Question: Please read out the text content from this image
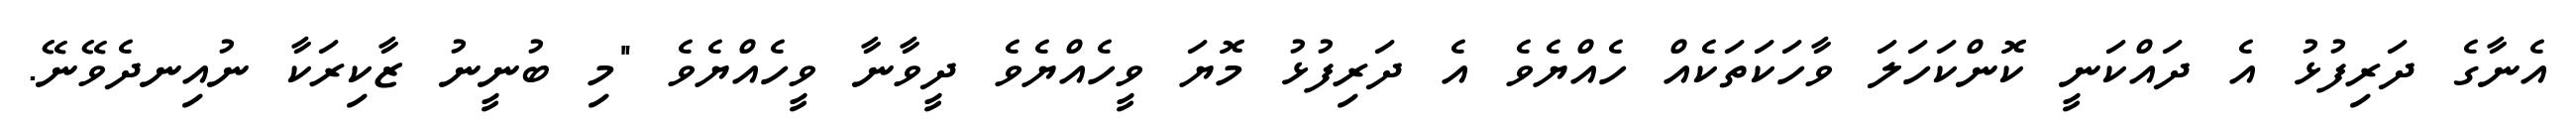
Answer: އެނާގެ ދަރިފުޅު އެ ދައްކަނީ ކޮންކަހަލަ ވާހަކަތަކެއް ހެއްޔެވެ އެ ދަރިފުޅު މޮޔަ ވީހެއްޔެވެ ދީވާނާ ވީހެއްޔެވެ "މި ބުނީނު ޒާކިރަކާ ނުއިނދެވޭނޭ.